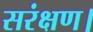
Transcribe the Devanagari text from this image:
सरंक्षण।